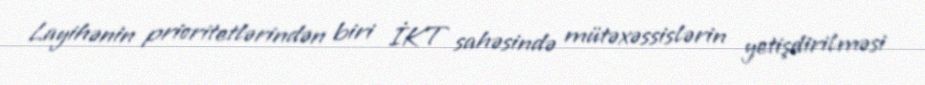
Layihənin prioritetlərindən biri İKT sahəsində mütəxəssislərin yetişdirilməsi